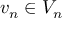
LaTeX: v _ { n } \in V _ { n }